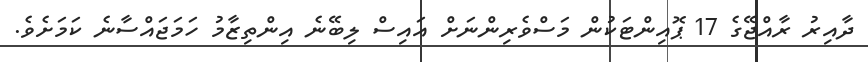
ދާއިރު ރާއްޖޭގެ 17 ޕޮއިންޓަކުން މަސްވެރިންނަށް އައިސް ލިބޭނެ އިންތިޒާމު ހަމަޖައްސާނެ ކަމަށެވެ.